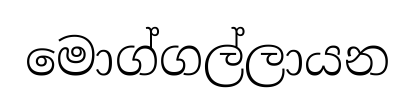
මොග්ගල්ලායන